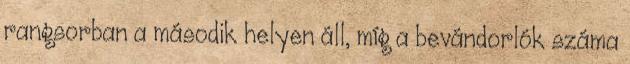
rangsorban a második helyen áll, míg a bevándorlók száma